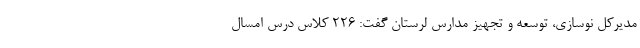
مدیرکل نوسازی، توسعه و تجهیز مدارس لرستان گفت: ۲۲۶ کلاس درس امسال